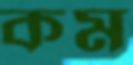
কম